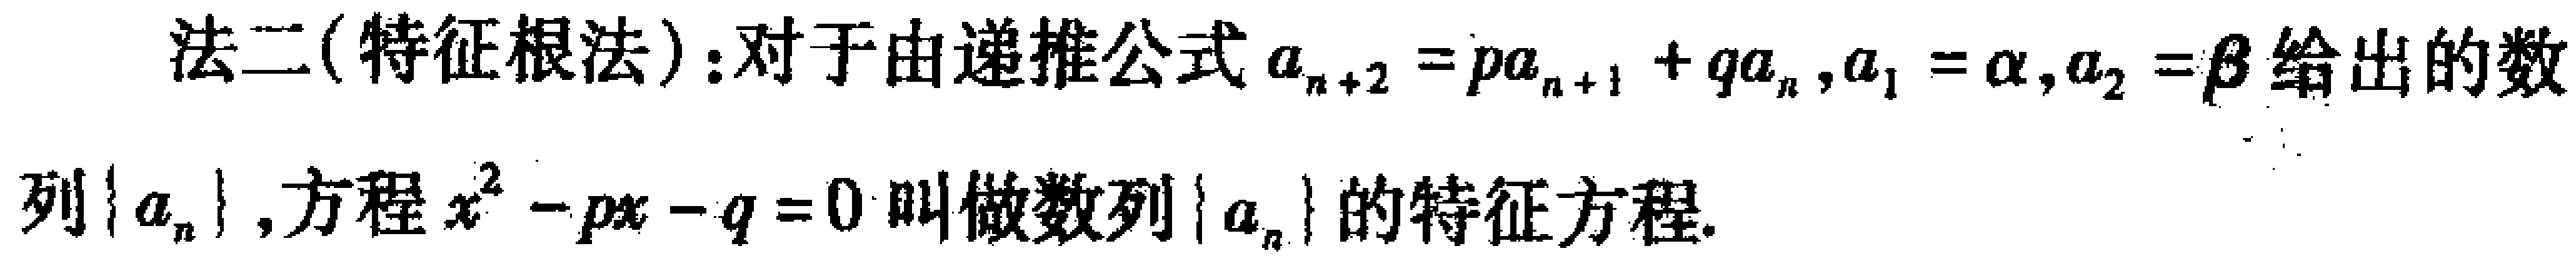
法二(特征根法)：对于由递推公式\(a_{n + 2}=pa_{n + 1}+qa_{n},a_{1}=\alpha,a_{2}=\beta\)给出的数列\(\{ a_{n}\}\)，方程\(x^{2}-px - q = 0\)叫做数列\(\{ a_{n}\}\)的特征方程.